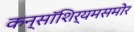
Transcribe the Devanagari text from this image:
कन्सॉशिर्यमसमोर